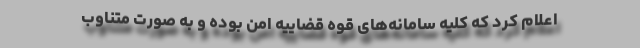
اعلام کرد که کلیه سامانه‌های قوه قضاییه امن بوده و به صورت متناوب